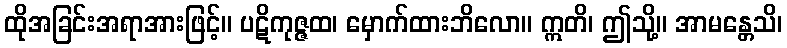
ထိုအခြင်းအရာအားဖြင့်။ ပဋိကုဇ္ဇထ၊ မှောက်ထားဘိလော။ ဣတိ၊ ဤသို့။ အာမန္တေသိ၊